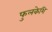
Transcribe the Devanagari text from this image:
फुलकेशि